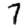
Digit: 7